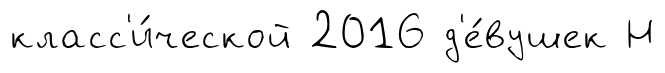
класс'и́ческой 2016 д'е́вушек Н